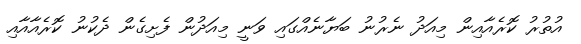
އުތުރު ކޮރެއާއިން މިއަދު ނެރުނު ބަޔާނެއްގައި ވަނީ މިއަދުން ފެށިގެން ދެކުނު ކޮރެއާއާއި